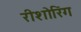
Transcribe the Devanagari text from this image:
रीशोरिंग